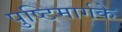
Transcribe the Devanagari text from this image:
पुष्टिमार्गके